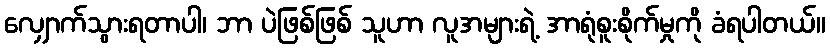
လျှောက်သွားရတာပါ၊ ဘာ ပဲဖြစ်ဖြစ် သူဟာ လူအများရဲ့ အာရုံစူးစိုက်မှုကို ခံရပါတယ်။